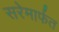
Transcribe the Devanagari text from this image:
सरेमार्फत